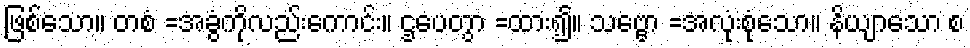
ဖြစ်သော။ တစံ =အခွံကိုလည်းကောင်း။ ဌပေတွာ =ထား၍။ သဗ္ဗော =အလုံးစုံသော။ နိယျာသော စ